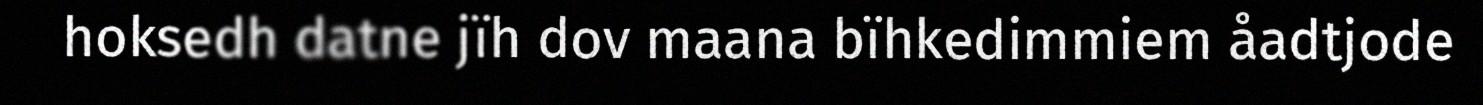
hoksedh datne jïh dov maana bïhkedimmiem åadtjode